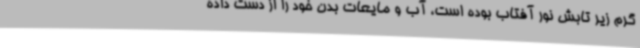
گرم زیر تابش نور آفتاب بوده است، آب و مایعات بدن خود را از دست داده